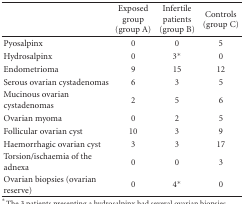
|  | Exposed group (group A) | Infertile patients (group B) | Controls (group C) |
 | --- | --- | --- | --- |
 | Pyosalpinx | 0 | 0 | 5 |
 | Hydrosalpinx | 0 | 3* | 0 |
 | Endometrioma | 9 | 15 | 12 |
 | Serous ovarian cystadenomas | 6 | 3 | 5 |
 | Mucinous ovarian cystadenomas | 2 | 5 | 6 |
 | Ovarian myoma | 0 | 2 | 5 |
 | Follicular ovarian cyst | 10 | 3 | 9 |
 | Haemorrhagic ovarian cyst | 3 | 3 | 17 |
 | Torsion/ischaemia of the adnexa | 0 | 0 | 3 |
 | Ovarian biopsies (ovarian reserve) | 0 | 4* | 0 |